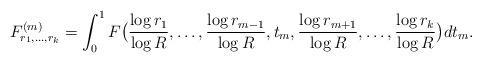
LaTeX: \begin{align*}F_{r_1,\ldots,r_k}^{(m)}=\int_0^1F\bigl(\frac{\log r_1}{\log R},\ldots,\frac{\log r_{m-1}}{\log R},t_m,\frac{\log r_{m+1}}{\log R},\ldots,\frac{\log r_k}{\log R}\bigr)dt_m.\end{align*}